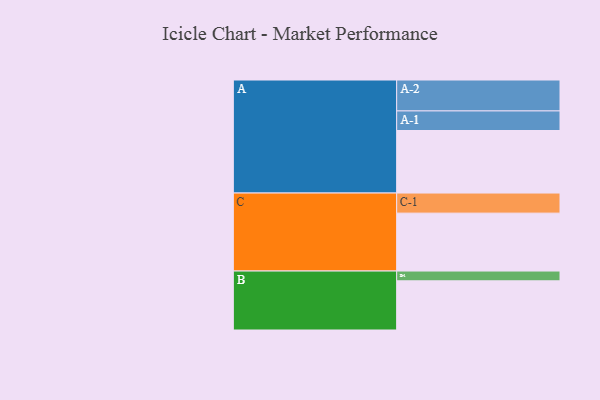
{"axis": {"x": "Segment", "y": "Value"}, "legend": ["", "A", "B", "C"], "data": [{"x": "A", "y": 473, "type": ""}, {"x": "B", "y": 372, "type": ""}, {"x": "C", "y": 438, "type": ""}, {"x": "A-1", "y": 148, "type": "A"}, {"x": "A-2", "y": 234, "type": "A"}, {"x": "B-1", "y": 74, "type": "B"}, {"x": "C-1", "y": 152, "type": "C"}]}